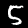
Label: 5